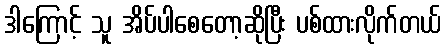
ဒါကြောင့် သူ အိပ်ပါစေတော့ဆိုပြီး ပစ်ထားလိုက်တယ်